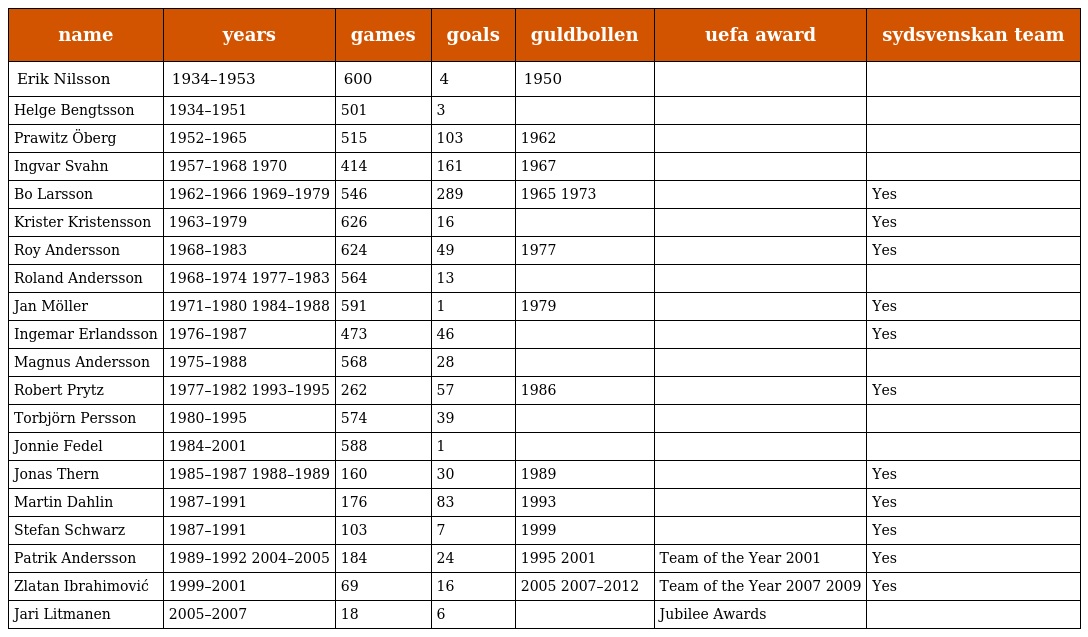
| name | years | games | goals | guldbollen | uefa award | sydsvenskan team |
 | --- | --- | --- | --- | --- | --- | --- |
 | Erik Nilsson | 1934–1953 | 600 | 4 | 1950 |  |  |
 | Helge Bengtsson | 1934–1951 | 501 | 3 |  |  |  |
 | Prawitz Öberg | 1952–1965 | 515 | 103 | 1962 |  |  |
 | Ingvar Svahn | 1957–1968 1970 | 414 | 161 | 1967 |  |  |
 | Bo Larsson | 1962–1966 1969–1979 | 546 | 289 | 1965 1973 |  | Yes |
 | Krister Kristensson | 1963–1979 | 626 | 16 |  |  | Yes |
 | Roy Andersson | 1968–1983 | 624 | 49 | 1977 |  | Yes |
 | Roland Andersson | 1968–1974 1977–1983 | 564 | 13 |  |  |  |
 | Jan Möller | 1971–1980 1984–1988 | 591 | 1 | 1979 |  | Yes |
 | Ingemar Erlandsson | 1976–1987 | 473 | 46 |  |  | Yes |
 | Magnus Andersson | 1975–1988 | 568 | 28 |  |  |  |
 | Robert Prytz | 1977–1982 1993–1995 | 262 | 57 | 1986 |  | Yes |
 | Torbjörn Persson | 1980–1995 | 574 | 39 |  |  |  |
 | Jonnie Fedel | 1984–2001 | 588 | 1 |  |  |  |
 | Jonas Thern | 1985–1987 1988–1989 | 160 | 30 | 1989 |  | Yes |
 | Martin Dahlin | 1987–1991 | 176 | 83 | 1993 |  | Yes |
 | Stefan Schwarz | 1987–1991 | 103 | 7 | 1999 |  | Yes |
 | Patrik Andersson | 1989–1992 2004–2005 | 184 | 24 | 1995 2001 | Team of the Year 2001 | Yes |
 | Zlatan Ibrahimović | 1999–2001 | 69 | 16 | 2005 2007–2012 | Team of the Year 2007 2009 | Yes |
 | Jari Litmanen | 2005–2007 | 18 | 6 |  | Jubilee Awards |  |